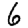
Digit: 6